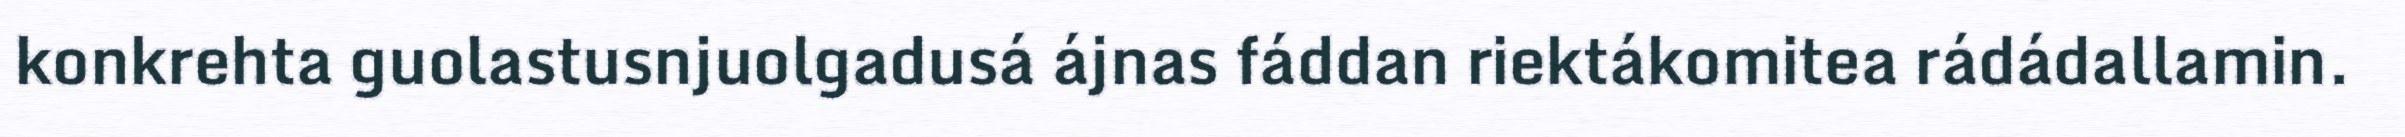
konkrehta guolastusnjuolgadusá ájnas fáddan riektákomitea rádádallamin.